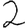
Digit: 2